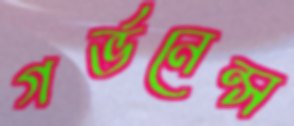
গর্ভনেন্স